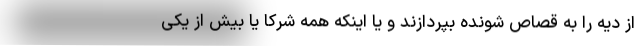
از دیه را به قصاص شونده بپردازند و یا اینکه همه شرکا یا بیش از یکی